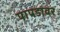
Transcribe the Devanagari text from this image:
पापडावर